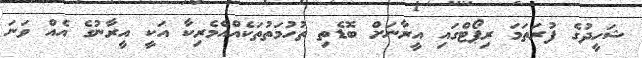
ޝަހީދުގެ ފުރަތަމަ ރިޕޯޓްގައި އީރާނަށް ބޮޑެތި ތުހުމަތުތަކެއްއެމެރިކާ އަކީ އީރާނުގެ އެއް ވަނަ